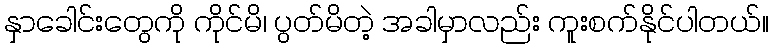
နှာခေါင်းတွေကို ကိုင်မိ၊ ပွတ်မိတဲ့ အခါမှာလည်း ကူးစက်နိုင်ပါတယ်။